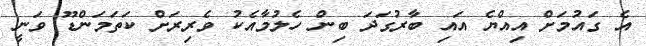
އެ ގައުމަށް އިއްޔެ އައި ބާރުގަދަ ބިން ހެލުމާއެކު ވެރިރަށް ކަތަމަންޑޫ ވަނީ